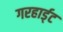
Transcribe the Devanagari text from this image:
गरहार्ड्‌ट